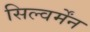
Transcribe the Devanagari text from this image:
सिल्वर्मेंन